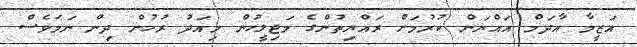
އަޒީމާ އާދަމް އައްޔަން ކުރުމަށް ރައްޔިތުންގެ މަޖިލީހުން މިއަދު ރުހުން ދިން ނަމަވެސް